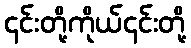
၎င်းတို့ကိုယ်၎င်းတို့